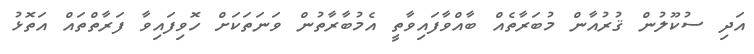
އަދި ސުކޫލުން ޤުރުއާން މުބަރާތެއް ބާއްވާފައިވާތީ އެމުބާރާތުން ވަނަތަކަށް ހޮވިފައިވާ ފަރާތްތައް އަތޮޅު